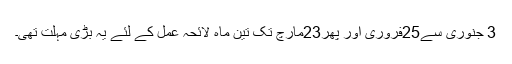
3 جنوری سے25فروری اور پھر23مارچ تک تین ماہ لائحہ عمل کے لئے یہ بڑی مہلت تھی۔